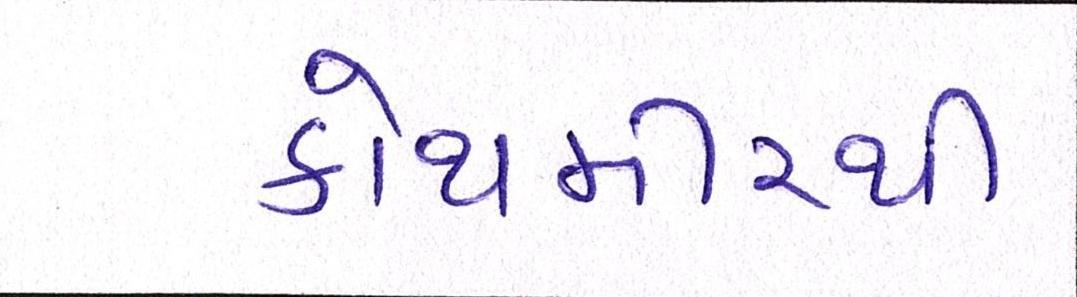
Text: કોથમીરથી